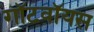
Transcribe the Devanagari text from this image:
गॉटवॉयस